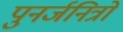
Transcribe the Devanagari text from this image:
पुनर्जनित्रों